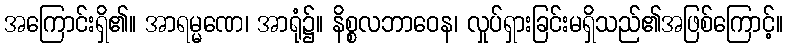
အကြောင်းရှိ၏။ အာရမ္မဏေ၊ အာရုံ၌။ နိစ္စလဘာဝေန၊ လှုပ်ရှားခြင်းမရှိသည်၏အဖြစ်ကြောင့်။